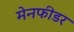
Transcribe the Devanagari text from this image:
मेनफीडर